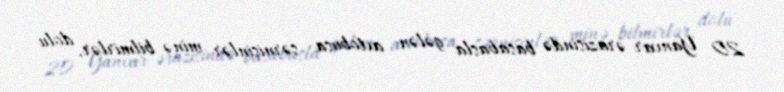
20 Yanvar ərazisində basabasla gələn avtobusa sərnişinlər minə bilmirlər, dolu